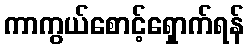
ကာကွယ်စောင့်ရှောက်ရန်